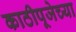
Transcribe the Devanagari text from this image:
काठीपूजेच्या